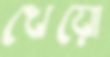
খেয়ো